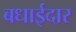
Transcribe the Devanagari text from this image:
बधाईदार